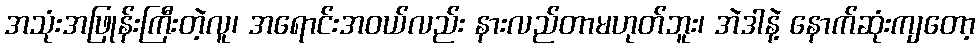
အသုံးအဖြုန်းကြီးတဲ့လူ၊ အရောင်းအဝယ်လည်း နားလည်တာမဟုတ်ဘူး၊ အဲဒါနဲ့ နောက်ဆုံးကျတော့